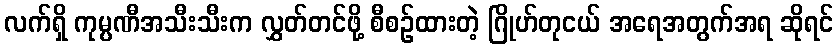
လက်ရှိ ကုမ္ပဏီအသီးသီးက လွှတ်တင်ဖို့ စီစဉ်ထားတဲ့ ဂြိုဟ်တုငယ် အရေအတွက်အရ ဆိုရင်